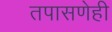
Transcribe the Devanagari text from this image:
तपासणेही